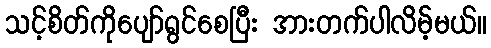
သင့်စိတ်ကိုပျော်ရွင်စေပြီး အားတက်ပါလိမ့်မယ်။